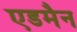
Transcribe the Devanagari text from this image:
एडमैन